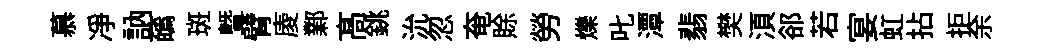
慕凈訥蘤斑暨臂庱鄴髙銚沇忽奄賖勞爍叱潭翡樊湏郤若宴虹拈拒余